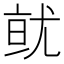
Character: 𭕐